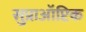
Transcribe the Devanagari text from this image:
सुप्राऑप्टिक